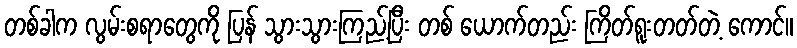
တစ်ခါက လွမ်းစရာတွေကို ပြန် သွားသွားကြည့်ပြီး တစ် ယောက်တည်း ကြိတ်ရူးတတ်တဲ့ ကောင်။